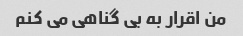
من اقرار به بی گناهی می کنم